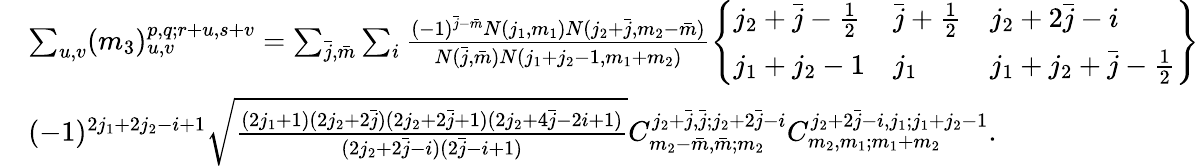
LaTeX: \begin{array}{rl}&{\sum_{u,v}(m_{3})_{u,v}^{p,q;r+u,s+v}=\sum_{\bar{j},\bar{m}}\sum_{i}\frac{(-1)^{\bar{j}-\bar{m}}N(j_{1},m_{1})N(j_{2}+\bar{j},m_{2}-\bar{m})}{N(\bar{j},\bar{m})N(j_{1}+j_{2}-1,m_{1}+m_{2})}\left\{ \begin{array}{lll}{j_{2}+\bar{j}-\frac{1}{2}}&{\bar{j}+\frac{1}{2}}&{j_{2}+2\bar{j}-i}\\ {j_{1}+j_{2}-1}&{j_{1}}&{j_{1}+j_{2}+\bar{j}-\frac{1}{2}}\end{array}\right\} }\\ &{(-1)^{2j_{1}+2j_{2}-i+1}\sqrt{\frac{(2j_{1}+1)(2j_{2}+2\bar{j})(2j_{2}+2\bar{j}+1)(2j_{2}+4\bar{j}-2i+1)}{(2j_{2}+2\bar{j}-i)(2\bar{j}-i+1)}}C_{m_{2}-\bar{m},\bar{m};m_{2}}^{j_{2}+\bar{j},\bar{j};j_{2}+2\bar{j}-i}C_{m_{2},m_{1};m_{1}+m_{2}}^{j_{2}+2\bar{j}-i,j_{1};j_{1}+j_{2}-1}.}\end{array}